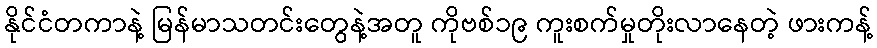
နိုင်ငံတကာနဲ့ မြန်မာသတင်းတွေနဲ့အတူ ကိုဗစ်၁၉ ကူးစက်မှုတိုးလာနေတဲ့ ဖားကန့်